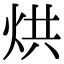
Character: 烘